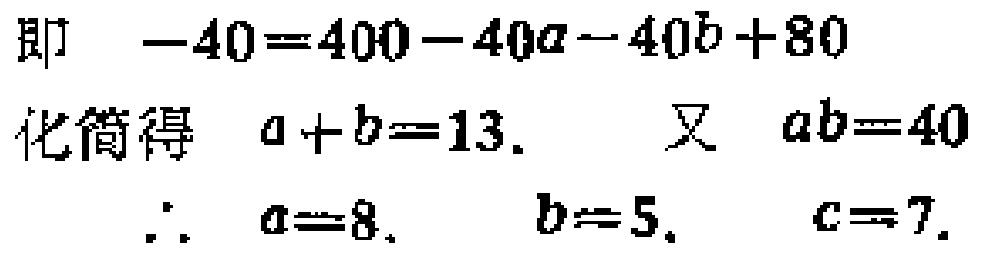
即 \(-40 = 400 - 40a - 40b + 80\)
化简得 \(a + b = 13.\)  又 \(ab = 40\)
\(\therefore\) \(a = 8.\)  \(b = 5.\)  \(c = 7.\)